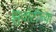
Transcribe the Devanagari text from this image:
झुवॉटीच्या